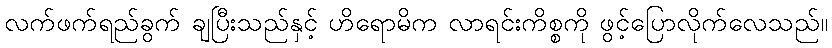
လက်ဖက်ရည်ခွက် ချပြီးသည်နှင့် ဟိရောမိက လာရင်းကိစ္စကို ဖွင့်ပြောလိုက်လေသည်။